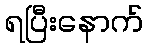
ရပြီးနောက်